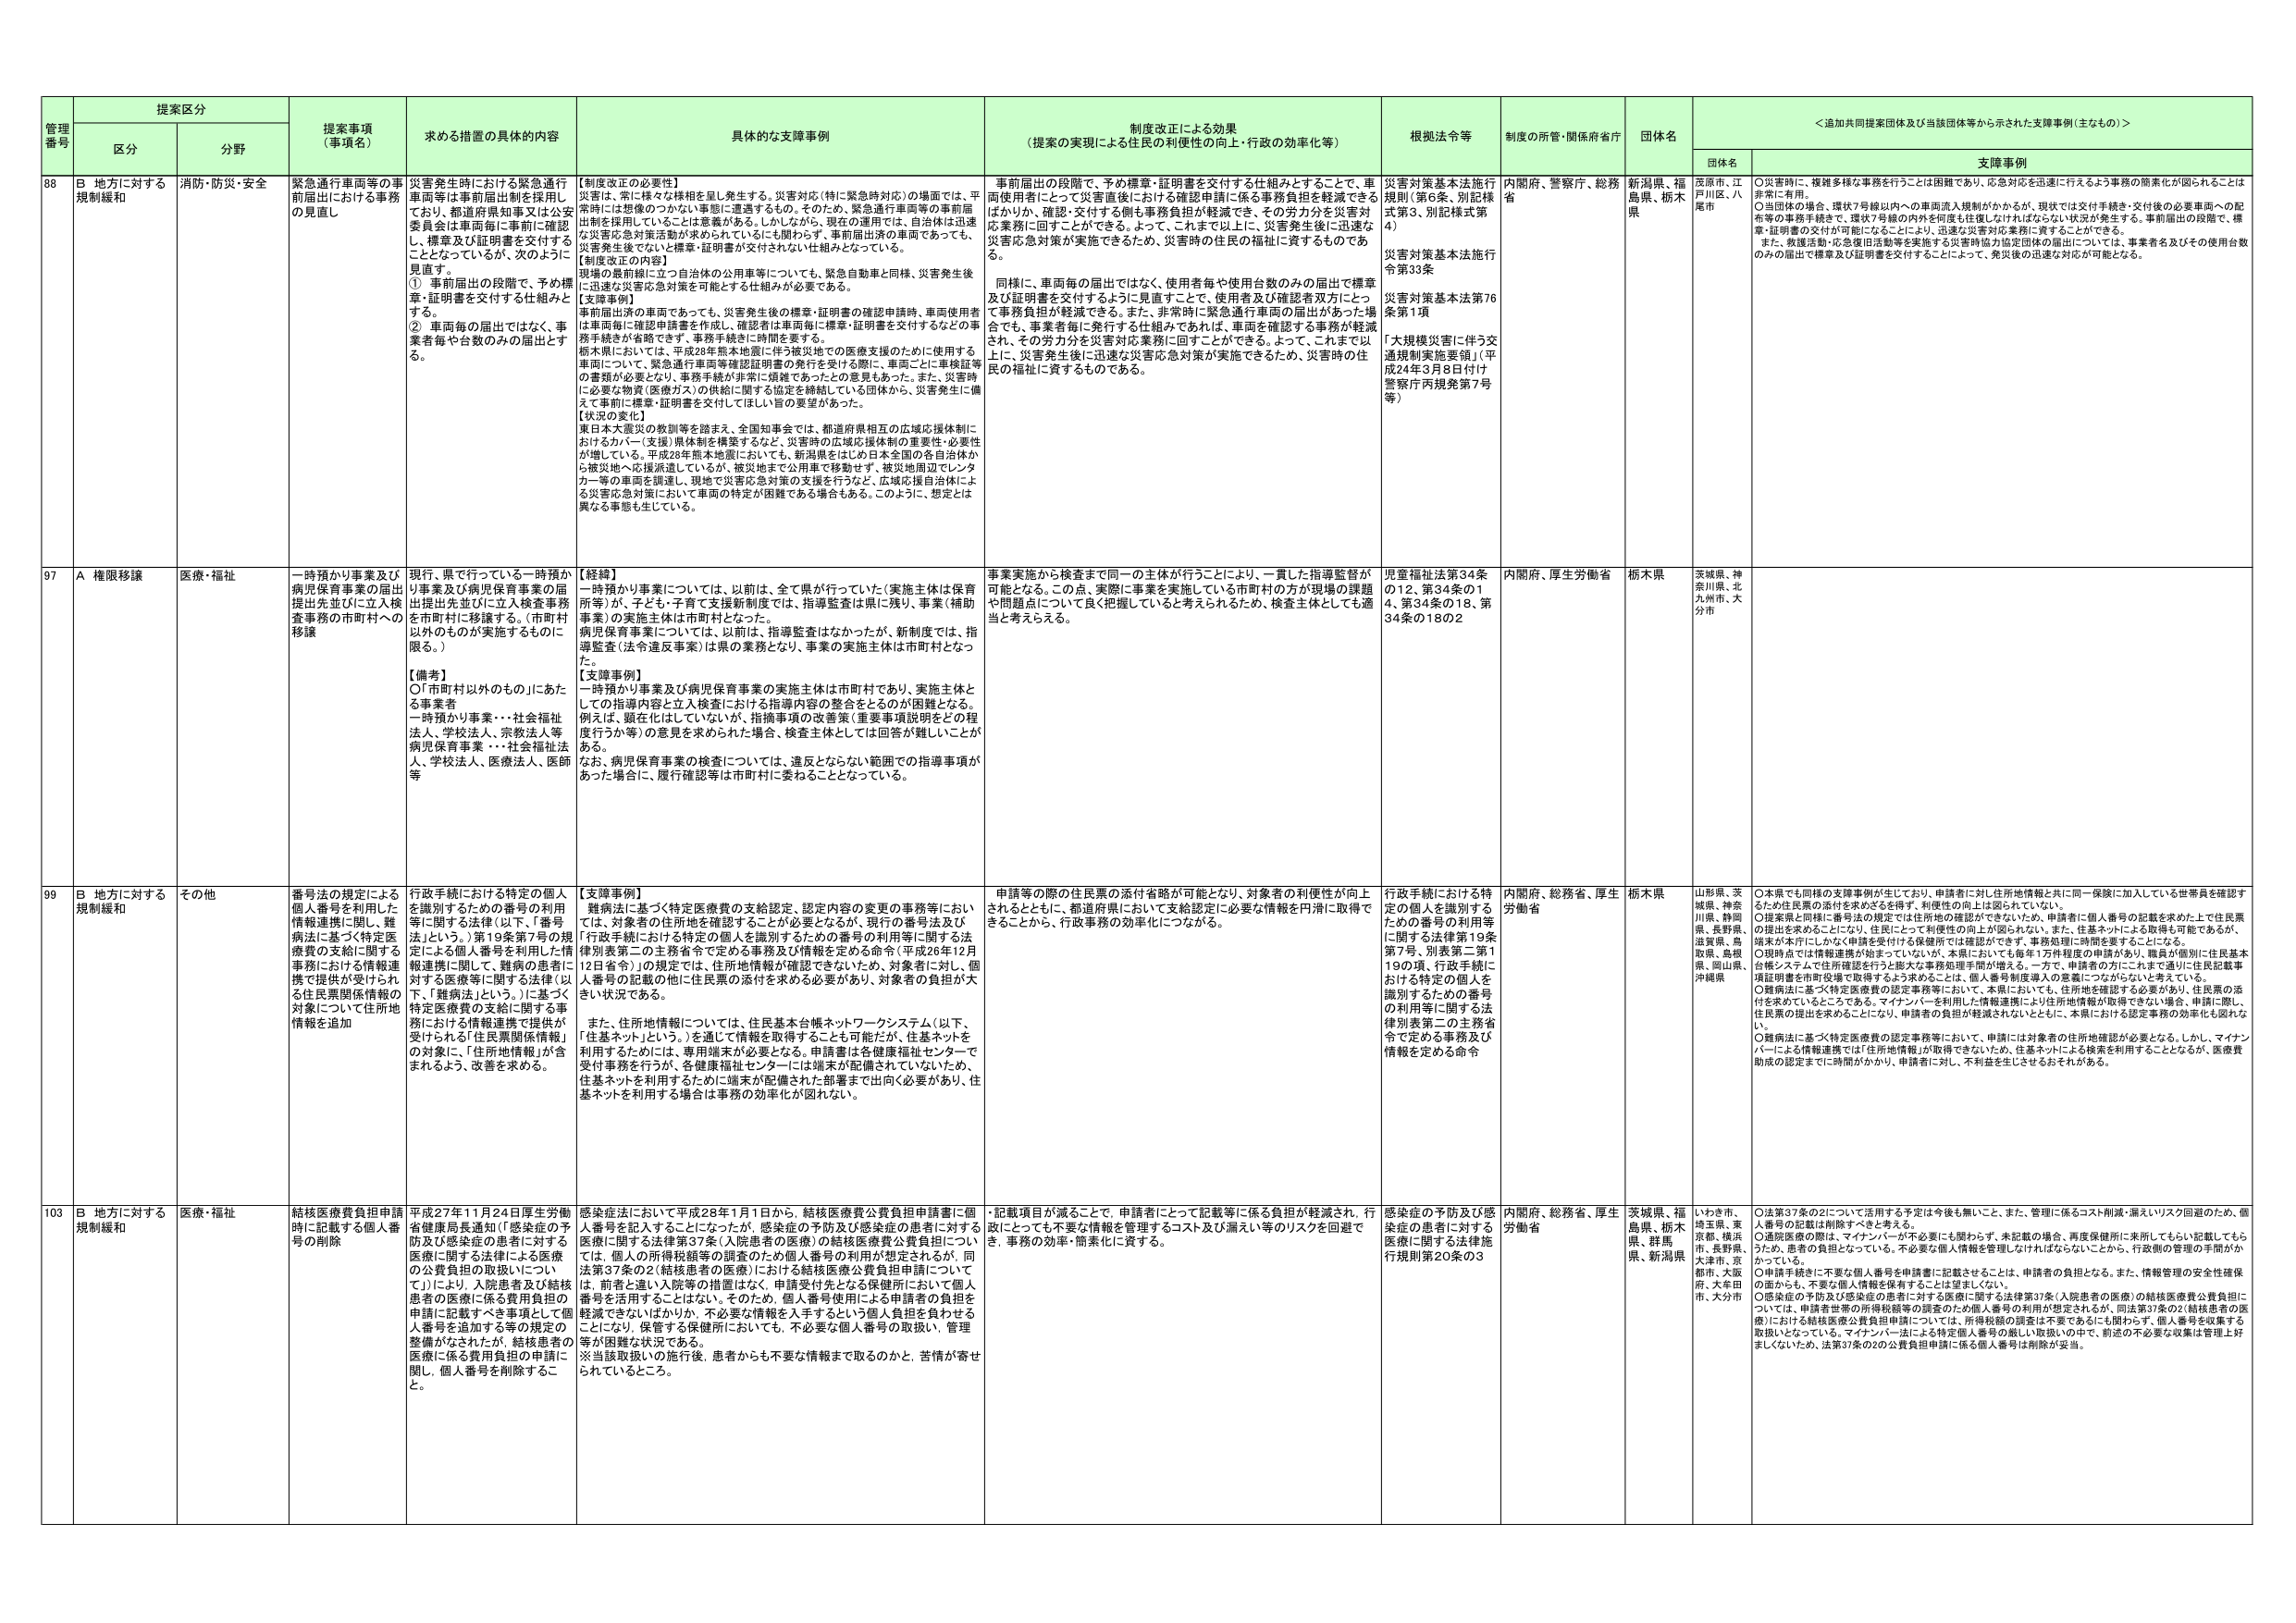
管理番号 提案区分 提案事項（事項名） 求める措置の具体的内容 具体的な支援事例 制度改正による効果（提案の実現による住民の利便性の向上・行政の効率化等） 根拠法令等 制度の所管・関係府省庁 団体名 ＜追加共同提案団体及び当該団体等から示された支援事例（主なもの）＞
区分 分野 団体名 支援事例
88 B 地方に対する規制緩和 消防・防災・安全 緊急通行車両等の事前届出における事務の見直し 災害発生時における緊急通行車両等は事前届出制を採用しており、都道府県知事又は公安委員会は車両毎に事前に確認し、標章及び証明書を交付することとなっているが、次のように見直す。 ① 事前届出の段階で、予め標章・証明書を交付する仕組みとする。 ② 車両毎の届出ではなく、事業者毎や台数のみの届出とする。 【制度改正の必要性】 災害は、常に様々な様相を呈し発生する。災害対応（特に緊急時対応）の場面では、平常時には想像のつかない事態に遭遇するもの。そのため、緊急通行車両等の事前届出制を採用していることは意義がある。しかしながら、現在の運用では、自治体は迅速な災害応急対策活動が求められているにも関わらず、事前届出後の事務であっても、災害発生後でないと標章・証明書が交付されない仕組みとなっている。 【制度改正の内容】 現場の最前線に立つ自治体の公用車等についても、緊急自動車と同様、災害発生後に迅速な災害応急対策を可能とする仕組みが必要である。 【支援事例】 事前届出済の車両であっても、災害発生後の標章・証明書の確認申請時、車両使用者は車両毎に確認申請書を作成し、確認者は車両毎に標章・証明書を交付するなどの事務手続きが省略できず、事務手続きに時間を要する。 栃木県において、平成28年栃木地震に伴う被災地での医療支援のために使用する車両について、緊急通行車両等確認証明書の発行を受ける際に、車両ごとに車検証等の書類が必要となり、事務手続きが非常に煩雑であったとの意見もあった。また、災害時に必要な物資（医療ガス）の供給に関する協定を締結している団体から、災害発生に備えて事前に標章・証明書を交付してほしい旨の要望があった。 【状況の変化】 東日本大震災の教訓等を踏まえ、全国知事会では、都道府県相互の広域応援体制におけるカバー（支援）県体制を構築するなど、災害時の広域応援体制の重要性・必要性が増している。平成28年栃木地震においても、新潟県をはじめ日本全国の各自治体から被災地へ応援派遣しているが、被災地まで公用車で移動せず、被災地周辺でレンタカー等の車両を調達し、現地で災害応急対策の支援を行うなど、広域応援自治体による災害応急対策において車両の特定が困難である場合もある。このように、想定とは異なる事態も生じている。 事前届出の段階で、予め標章・証明書を交付する仕組みとすることで、車両使用者にとって災害直後における確認申請に係る事務負担を軽減できるばかりか、確認・交付する側も事務負担が軽減でき、その労力分を災害対応業務に回すことができる。よって、これまで以上に、災害発生後に迅速な災害応急対策が実施できるため、災害時の住民の福祉に資するものである。 同様に、車両毎の届出ではなく、使用者毎や使用台数のみの届出で標章及び証明書を交付するように見直すことで、使用者及び確認者双方にとって事務負担が軽減できる。また、非常時に緊急通行車両の届出があった場合でも、事業者毎に発行する仕組みであれば、車両を確認する事務が軽減され、その労力分を災害対応業務に回すことができる。よって、これまで以上に、災害発生後に迅速な災害応急対策が実施できるため、災害時の住民の福祉に資するものである。 災害対策基本法施行規則（第6条、別記様式第3、別記様式第4） 災害対策基本法施行令第33条 災害対策基本法第76条第1項 「大規模災害に伴う交通規制実施要領」（平成24年3月8日付け警察庁丙規発第7号等） 内閣府、警察庁、総務省 新潟県、福島県、栃木県 茨原市、江戸川区、八尾市 ○災害時に、複雑多様な事務を行うことは困難であり、応急対応を迅速に行えるよう事務の簡素化が図られることは非常に有用。 ○団体の場合、現状7号線以内への車両流入規制がかかるが、現状では交付手続を、交付後の必要事項への配布等の事務手続きを、現状7号線の内外を何度も往復しなければならない状況が発生する。事前届出の段階で、標章・証明書の交付が可能になることにより、迅速な災害対応業務に資することができる。 また、救護活動・応急復旧活動等を実施する災害時協力協定団体の届出については、事業者名及びその使用台数のみの届出で標章及び証明書を交付することによって、発災後の迅速な対応が可能となる。
97 A 権限移譲 医療・福祉 一時預かり事業及び病児保育事業の届出提出先並びに立入検査事務の市町村への移譲 現行、県で行っている一時預かり事業及び病児保育事業の届出提出先並びに立入検査事務を市町村に移譲する。（市町村以外のものが実施するものに限る。） 【備考】 ○「市町村以外のもの」にあたる事業者 一時預かり事業：・社会福祉法人、学校法人、宗教法人等 病児保育事業：・社会福祉法人、学校法人、医療法人、医師等 【経緯】 一時預かり事業については、以前は、全て県が行っていた（実施主体は保育所等）が、子ども・子育て支援新制度では、指導監査は県に残り、事業（補助事業）の実施主体は市町村となった。 病児保育事業については、以前は、指導監査はなかったが、新制度では、指導監査（法令違反事業）は県の業務となり、事業の実施主体は市町村となった。 【支援事例】 一時預かり事業及び病児保育事業の実施主体は市町村であり、実施主体としての指導内容と立入検査における指導内容の整合となるのが困難となる。例えば、顕在化していないが、指摘事項の改善策（重要事項説明などの程度行うか等）の意見を求められた場合、検査主体としては回答が難しいことがある。 なお、病児保育事業の検査については、違反とならない範囲での指導事項があった場合に、履行確認等は市町村に委ねることとなっている。 事業実施から検査まで同一の主体が行うことにより、一貫した指導監督が可能となる。この点、実際に事業を実施している市町村の方が現場の課題や問題点について良く把握していると考えられるため、検査主体としても適当と考えられる。 児童福祉法第34条の12、第34条の14、第34条の18、第34条の18の2 内閣府、厚生労働省 栃木県 茨城県、神奈川県、北九州市、大分市
99 B 地方に対する規制緩和 その他 番号法の規定による個人番号を利用した情報連携に関して、難病法に基づく特定医療費の支給に関する事務における情報連携で提供が受けられる住民票関係情報の対象に加えて住所地情報を追加 行政手続における特定の個人を識別するための番号の利用等に関する法律（以下、「番号法」という。）第19条第7号の規定による個人番号を利用した情報連携に関して、難病の患者に対する医療等に関する法律（以下、「難病法」という。）に基づく特定医療費の支給に関する事務における情報連携で提供が受けられる「住民票関係情報」の対象に、「住所地情報」が含まれるよう、改善を求める。 【支援事例】 難病法に基づく特定医療費の支給認定、認定内容の変更の事務等においては、対象者の住所地を確認することが必要となるが、現行の番号法及び「行政手続における特定の個人を識別するための番号の利用等に関する法律別表第二の主務省令で定める事務及び情報を定める命令（平成26年12月12日省令）」の規定では、住所地情報が確認できないため、対象者に対し、個人番号の記載の他に住民票の添付を求める必要があり、対象者の負担が大きい状況である。 また、住所地情報については、住民基本台帳ネットワークシステム（以下、「住基ネット」という。）を通じて情報を取得することも可能だが、住基ネットを利用するためにには、専用端末が必要となる。申請者は各健康福祉センターで受付事務を行うが、各健康福祉センターには端末が配備されていないため、住基ネットを利用するためには端末が配備された部署まで出向く必要があり、住基ネットを利用する場合は事務の効率化が図れない。 申請時の際の住民票の添付省略が可能となり、対象者の利便性が向上されるとともに、都道府県において支給認定に必要な情報を円滑に取得できることから、行政事務の効率化につながる。 行政手続における特定の個人を識別するための番号の利用等に関する法律第19条第7号、別表第二第119の項、行政手続における特定の個人を識別するための番号の利用等に関する法律別表第二の主務省令で定める事務及び情報を定める命令 内閣府、総務省、厚生労働省 栃木県 山形県、茨城県、神奈川県、静岡県、長野県、滋賀県、鳥取県、島根県、岡山県、沖縄県 ○本県でも同様の支援事例が生じており、申請者に対し住所地情報と共に同一保険に加入している世帯員を確認するため住民票の添付を求めざるを得ず、利便性の向上は図られていない。 ○提案県と同様に番号法の規定では住所地の確認ができないため、申請者に個人番号の記載を求めた上で住民票の提出を求めることになり、住民にとって利便性の向上が図られない。また、住基ネットによる取得も可能であるが、端末が本庁にしかなく申請を受け付ける保健所では確認ができず、事務処理に時間を要することになる。 ○現時点で情報連携が始まっていないが、本県においても毎年1万件程度の申請があり、職員が個別に住民基本台帳システムで住所確認を行うと膨大な事務処理手間が増える。一方で、申請者の方にこれまで通りに住民記載事項証明書を市町役場で取得するよう求めることは、個人番号制度導入の意義につながらないと考えている。 ○難病法に基づく特定医療費の認定事務等において、本県においても、住所地を確認する必要があり、住民票の添付を求めていることである。マイナンバーを利用した情報連携により住所地情報が取得できない場合、申請に際し、住民票の提出を求めることになり、申請者の負担が軽減されないとともに、本県における認定事務の効率化も図れない。 ○難病法に基づく特定医療費の認定事務等において、申請には対象者の住所地確認が必要となる。しかし、マイナンバーによる情報連携では「住所地情報」が取得できないため、住基ネットによる検索を利用することとなるが、医療費助成の認定までに時間がかかり、申請者に対し、不利益を生じさせるおそれがある。
103 B 地方に対する規制緩和 医療・福祉 結核医療費負担申請時に記載する個人番号の削除 平成27年11月24日厚生労働省健康局長通知「『感染症の予防及び感染症の患者に対する医療に関する法律による医療の公費負担の取扱いについて』」により、入院患者及び結核患者の医療に係る費用負担の申請に記載すべき事項として個人番号を追加する等の規定の整備がなされたが、結核患者の医療に係る費用負担の申請に関し、個人番号を削除すること。 感染症法において平成28年1月1日から、結核医療費公費負担申請書に個人番号を記入することになったが、感染症の予防及び感染症の患者に対する医療に関する法律第37条（入院患者の医療）の結核医療費公費負担については、個人の所得税額等の調査のため個人番号の利用が想定されるが、同法第37条の2（結核患者の医療）における結核医療公費負担申請について は、前者と違い入院等の措置はなく、申請受付先となる保健所において個人番号を活用することははない。そのため、個人番号使用による申請者の負担を軽減できないばかりか、不必要な情報を入手するという個人負担を負わせることになり、保管する保健所においても、不必要な個人番号の取扱い、管理等が困難な状態である。 ※当該取扱いの施行後、患者からも不要な情報まで取るのかと、苦情が寄せられているところ。 ・記載項目が減ることで、申請者にとって記載等に係る負担が軽減され、行政にとっても不要な情報を管理するコスト及び漏えい等のリスクを回避でき、事務の効率・簡素化に資する。 感染症の予防及び感染症の患者に対する医療に関する法律施行規則第20条の3 内閣府、総務省、厚生労働省 茨城県、福島県、栃木県、群馬県、新潟県 やき市、埼玉県、東京都、横浜市、長野県、大津市、京都市、大阪府、大牟田市、大分市 ○法第37条の2について活用する予定は今後も無いこと、また、管理に係るコスト削減・漏えいリスク回避のため、個人番号の記載は削除すべきと考える。 ○通院医療の際は、マイナンバーが不要にも関わらず、未記載の場合、再度保健所に来所してもらい記載してもらうため、患者の負担となっている。不必要な個人情報を管理しなければならないことから、行政側の管理の手間がかかっている。 ○申請手続きに不要な個人番号を申請書に記載させることは、申請者の負担となる。また、情報管理の安全性確保の面からも、不要な個人情報を保有することは望ましくない。 ○感染症の予防及び感染症の患者に対する医療に関する法律第37条（入院患者の医療）の結核医療費公費負担については、申請者世帯の所得税額等の調査のため個人番号の利用が想定されるが、同法第37条の2（結核患者の医療）における結核医療公費負担申請については、所得税額の調査は不要であるにも関わらず、個人番号を収集する取扱いとなっている。マイナンバー法による特定個人番号の厳しい取扱いの中で、前述の不必要な収集は管理上好ましくないため、法第37条の2の公費負担申請に係る個人番号は削除が妥当。